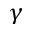
\gamma